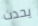
يحدث